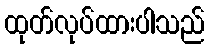
ထုတ်လုပ်ထားပါသည်